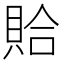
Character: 𫎖